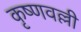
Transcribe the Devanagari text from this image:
कृष्णवल्ली